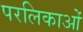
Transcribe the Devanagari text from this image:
परलिकाओं